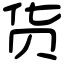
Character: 货